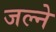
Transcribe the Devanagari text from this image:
जल्ने